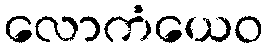
လောကံယေဝ